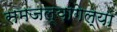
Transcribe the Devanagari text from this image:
समजल्यागेल्या